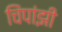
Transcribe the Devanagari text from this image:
चिंपांझी